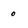
Character: 0